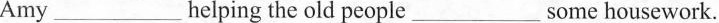
Amy ___ helping the old people ___ some housework.